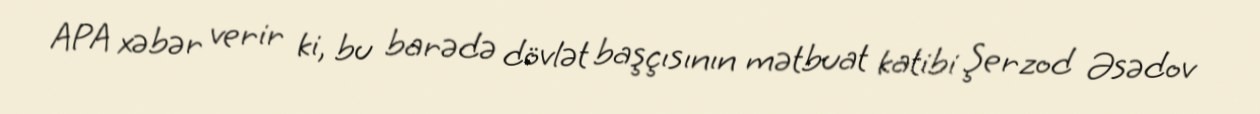
APA xəbər verir ki, bu barədə dövlət başçısının mətbuat katibi Şerzod Əsədov